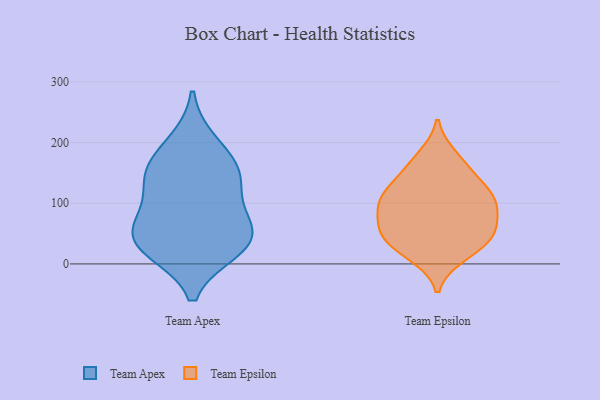
{"axis": {"x": "Page Views", "y": "Value"}, "legend": ["Team Apex", "Team Epsilon"], "data": [{"x": "", "y": 56, "type": "Team Apex"}, {"x": "", "y": 99, "type": "Team Apex"}, {"x": "", "y": 149, "type": "Team Apex"}, {"x": "", "y": 26, "type": "Team Apex"}, {"x": "", "y": 24, "type": "Team Apex"}, {"x": "", "y": 41, "type": "Team Apex"}, {"x": "", "y": 200, "type": "Team Apex"}, {"x": "", "y": 156, "type": "Team Apex"}, {"x": "", "y": 58, "type": "Team Apex"}, {"x": "", "y": 144, "type": "Team Apex"}, {"x": "", "y": 166, "type": "Team Epsilon"}, {"x": "", "y": 79, "type": "Team Epsilon"}, {"x": "", "y": 40, "type": "Team Epsilon"}, {"x": "", "y": 178, "type": "Team Epsilon"}, {"x": "", "y": 18, "type": "Team Epsilon"}, {"x": "", "y": 103, "type": "Team Epsilon"}, {"x": "", "y": 45, "type": "Team Epsilon"}, {"x": "", "y": 57, "type": "Team Epsilon"}, {"x": "", "y": 127, "type": "Team Epsilon"}, {"x": "", "y": 45, "type": "Team Epsilon"}, {"x": "", "y": 112, "type": "Team Epsilon"}, {"x": "", "y": 116, "type": "Team Epsilon"}, {"x": "", "y": 146, "type": "Team Epsilon"}, {"x": "", "y": 59, "type": "Team Epsilon"}, {"x": "", "y": 99, "type": "Team Epsilon"}, {"x": "", "y": 91, "type": "Team Epsilon"}, {"x": "", "y": 13, "type": "Team Epsilon"}]}